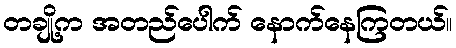
တချို့က အတည်ပေါက် နောက်နေကြတယ်။